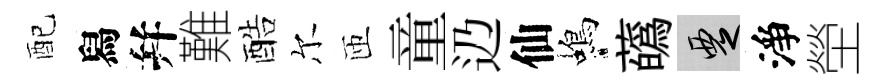
配舄幷難酷尔匝童辸仙蝎蘤覂淨塋